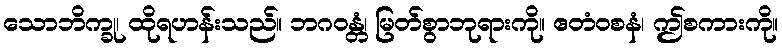
သောဘိက္ခု၊ ထိုရဟန်းသည်။ ဘဂဝန္တံ၊ မြတ်စွာဘုရားကို။ ဧတံဝစနံ၊ ဤစကားကို။